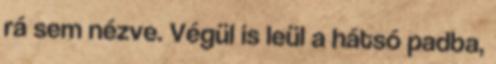
rá sem nézve. Végül is leül a hátsó padba,